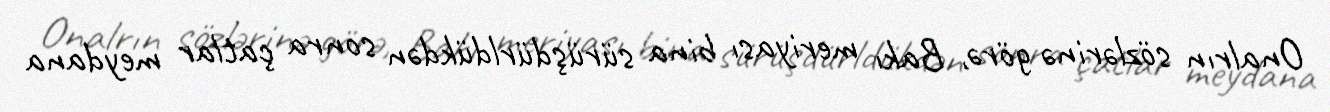
Onalrın sözlərinə görə, Bakı meriyası bina sürüşdürldükdən sonra çatlar meydana